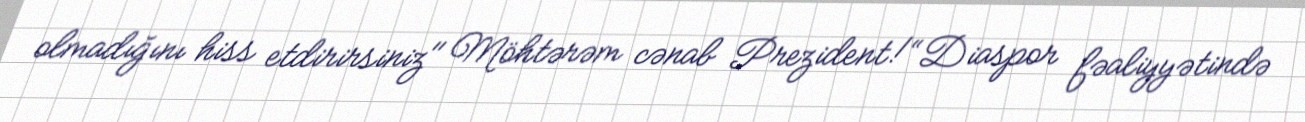
olmadığını hiss etdirirsiniz" Möhtərəm cənab Prezident!“Diaspor fəaliyyətində